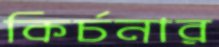
কির্চনার